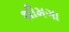
શીમગા